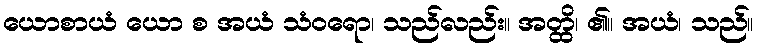
ယောစာယံ ယော စ အယံ သံဝရော၊ သည်လည်း။ အတ္ထိ၊ ၏။ အယံ၊ သည်။